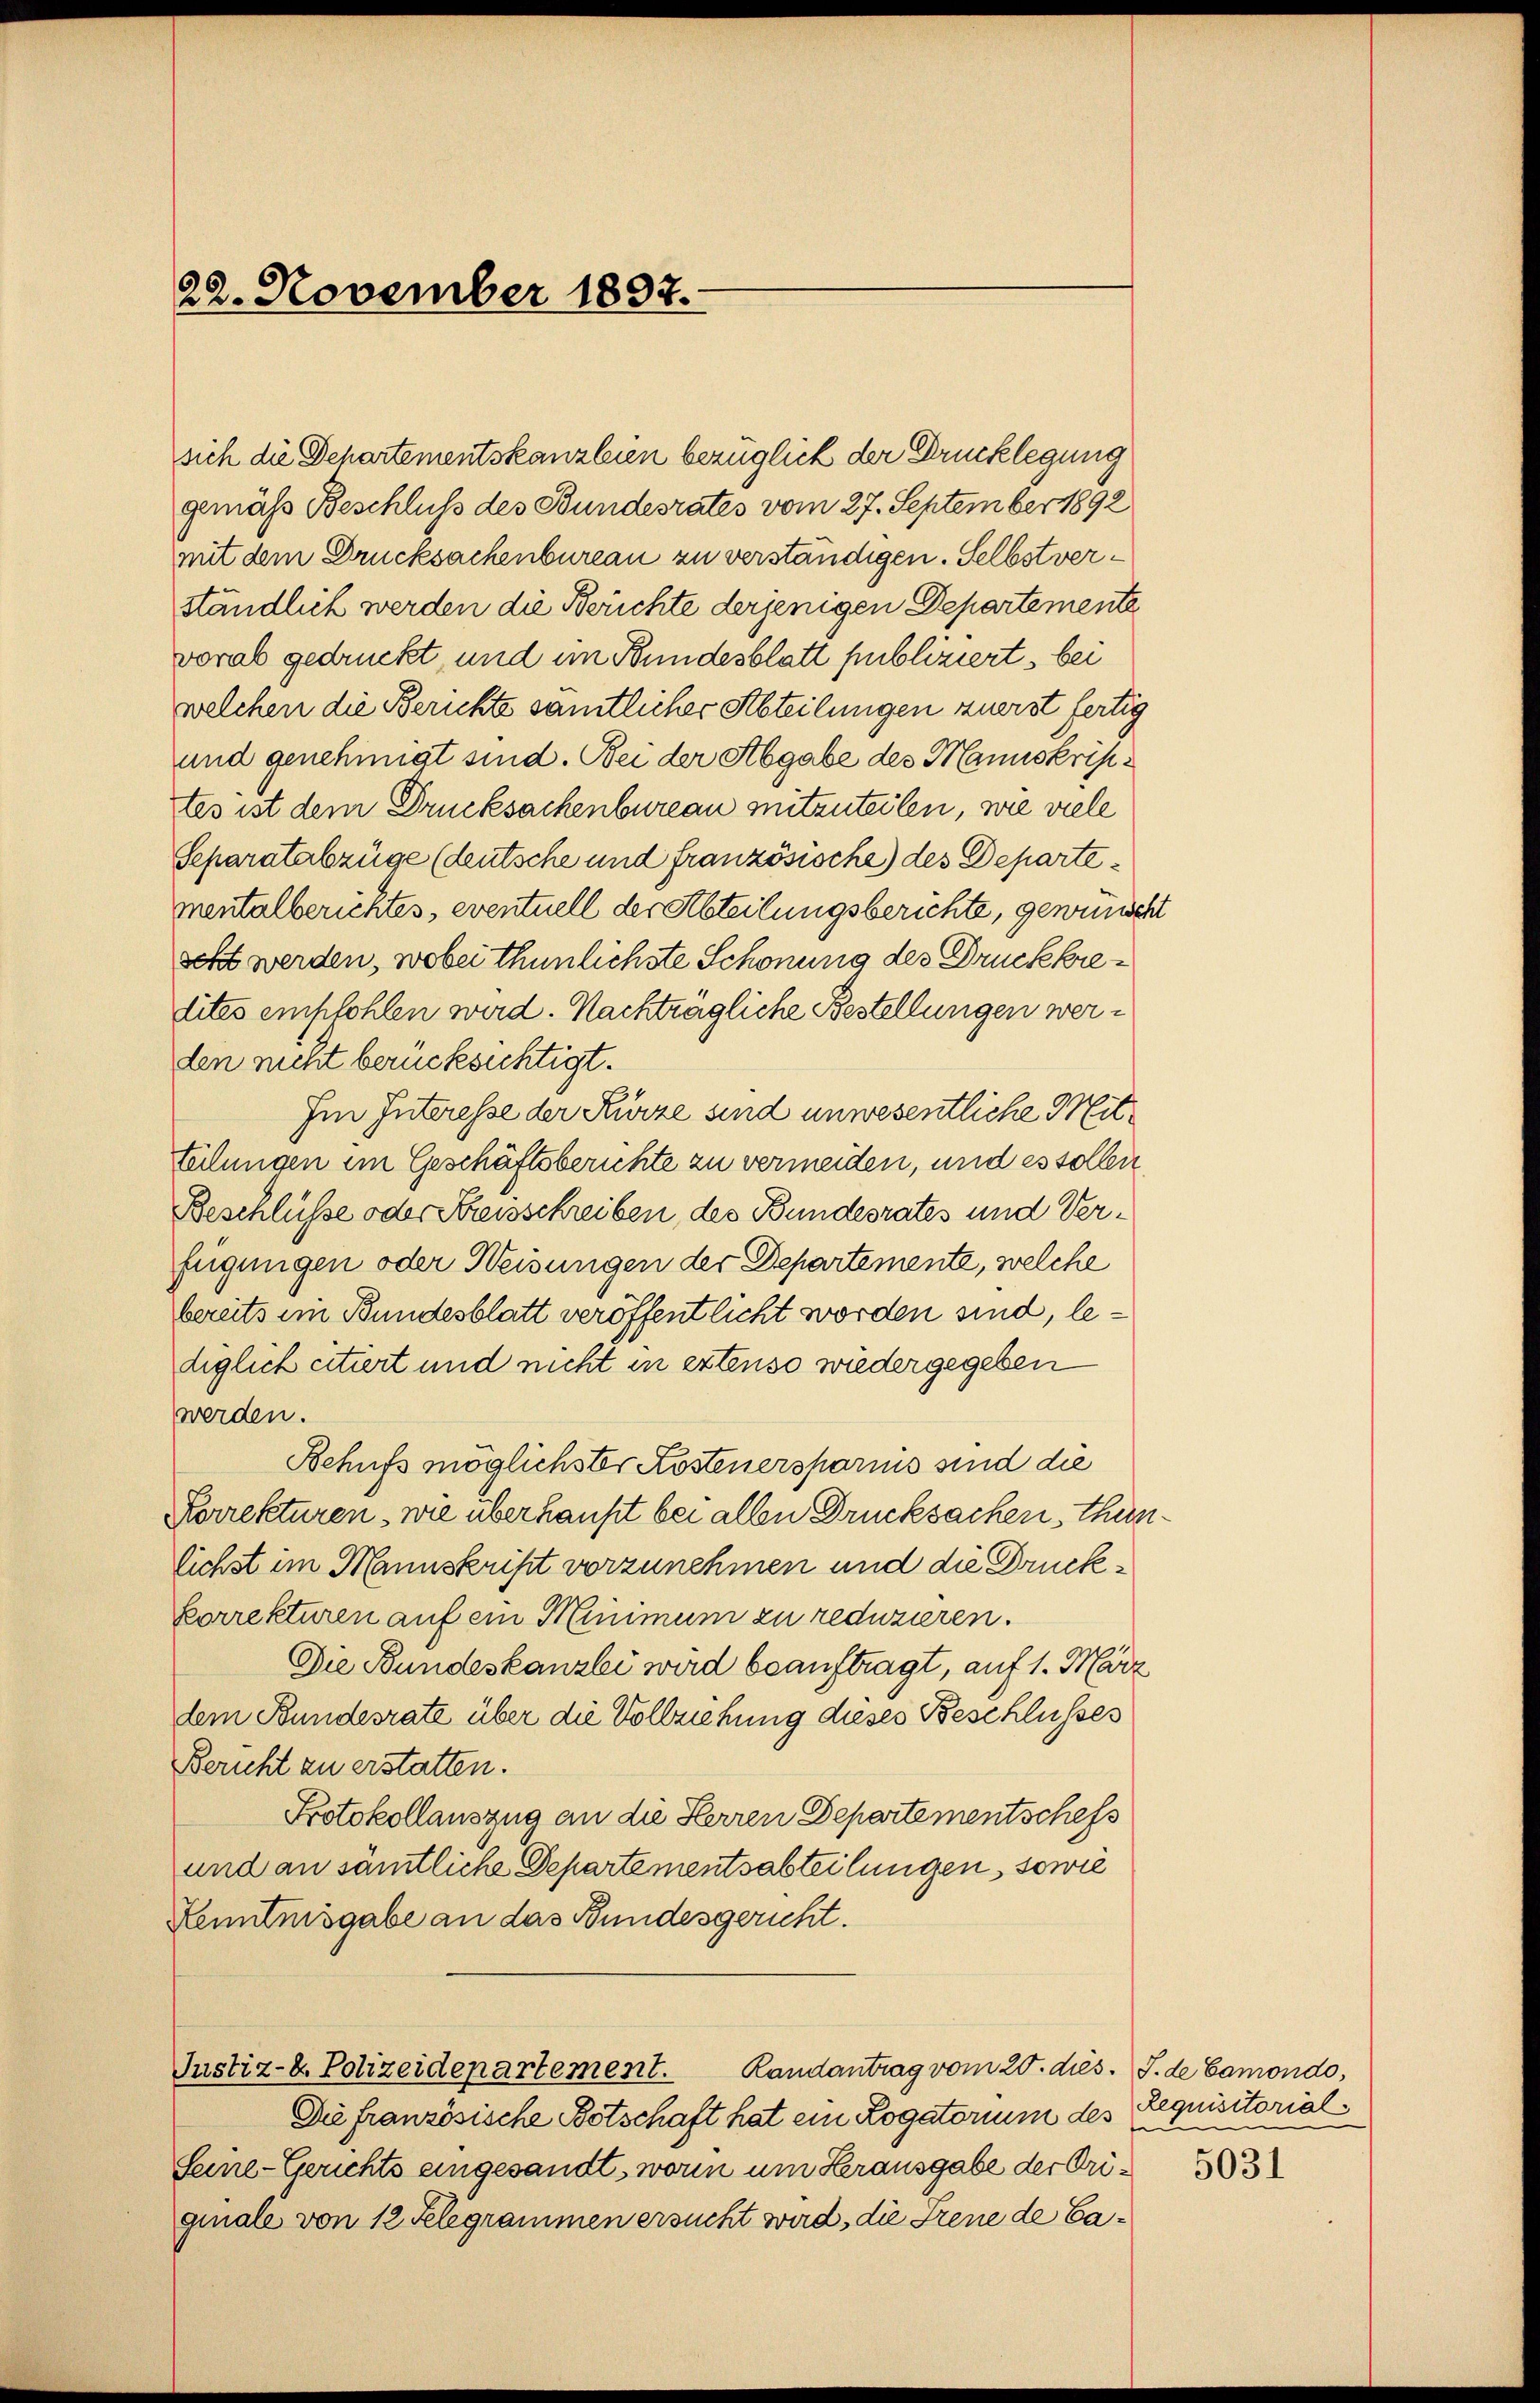
22. November 1897.

sich die Departementskanzleien bezüglich der Drucklegung
gemäss Beschluß des Bundesrates vom 27. September 1892
mit dem Drucksachenbureau zu verständigen. Selbstverständlich werden die Berichte derjenigen Departemente
vorab gedruckt und im Bundesblatt publiziert, bei
welchen die Berichte samtlicher Abteilungen zuerst fertig
und genehmigt sind. Bei der Abgabe des Manuskrifites ist dem Drucksachenbureau mitzuteilen, wie viele
Separatabzüge (deutsche und französische) des Departementalberichtes, eventuell der Abteilungsberichte, gewünscht
scht werden, wobei thunlichste Schonung des Druckkredites empfohlen wird. Nachträgliche Bestellungen werden nicht berücksichtigt.
Im Interesse der Kürze sind unwesentliche Mitteilungen im Geschäftsberichte zu vermeiden, und es sollen
Beschlüsse oder Kreisschreiben, des Bundesrates und Verfügungen oder Weisungen der Departemente, welche
bereits im Bundesblatt veröffentlicht worden sind, lediglich citiert und nicht in extenso wiedergegeben
werden.
Schuss möglichster Kostenersparnis sind die
Korrekturen, wie überhaupt bei allen Drucksachen, thunlichst im Manuskript vorzunehmen und die Druckkorrekturen auf ein Minimum zu reduzieren.
Die Bundeskanzli wird beauftragt, auf 1. März
dem Bundesrate über die Vollziehung dieses Beschlusses
Bericht zu erstatten.
Protokollauszug an die Herren Departementschefs
und an sämtliche Departementsabteilungen, sowie
Lenntnisgabe an das Bundesgericht.

Seine-Gerichts eingesandt, worin um Herausgabe der Originale von 12 Telegrammen ersucht wird, die Frene de Ca¬

Justiz- & Polizeidepartement. Randantrag vom 20. dies. J. de Camondo,
Die französische Botschaft hat ein Logatorium des Requisitorial¬

5031